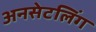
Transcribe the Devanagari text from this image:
अनसेटलिंग